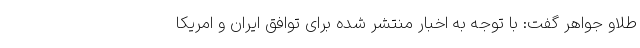
طلاو جواهر گفت: با توجه به اخبار منتشر شده برای توافق ایران و امریکا